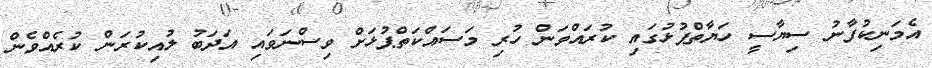
އެމަނިކުފާނު ސިޔާސީ ހަޔާތްޕުޅުގައި ކުރައްވަން ހުރި މަސައްކަތްޕުޅަށް ވިސްނަވައި އަދަބު ލުއިކުރަން ކުރެއްވެން